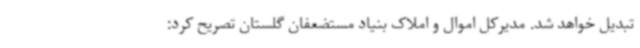
تبدیل خواهد شد. مدیرکل اموال و املاک بنیاد مستضعفان گلستان تصریح کرد: